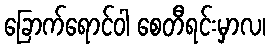
ခြောက်ရောင်ဝါ စေတီရင်းမှာလ၊